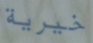
خيرية